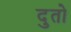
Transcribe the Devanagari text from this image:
दुतो